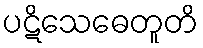
ပဋိသေဓေတူတိ